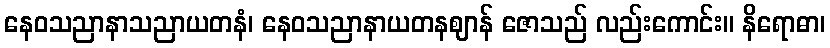
နေဝသညာနာသညာယတနံ၊ နေဝသညာနာယတနဈာန် ဇောသည် လည်းကောင်း။ နိရောဓာ၊